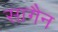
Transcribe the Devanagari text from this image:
सागैन